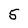
Character: 5